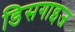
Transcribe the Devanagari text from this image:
डिसगाइज